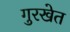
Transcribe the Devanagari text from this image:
गुरखेत